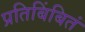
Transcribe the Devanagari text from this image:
प्रतिबिंबितं